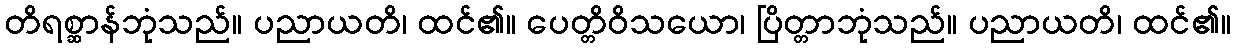
တိရစ္ဆာန်ဘုံသည်။ ပညာယတိ၊ ထင်၏။ ပေတ္တိဝိသယော၊ ပြိတ္တာဘုံသည်။ ပညာယတိ၊ ထင်၏။